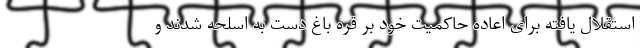
استقلال یافته برای اعاده حاکمیت خود بر قره باغ دست به اسلحه شدند و